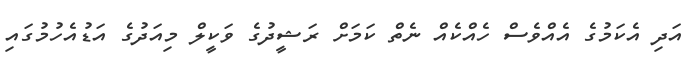
އަދި އެކަމުގެ އެއްވެސް ހެއްކެއް ނެތް ކަމަށް ރަޝީދުގެ ވަކީލް މިއަދުގެ އަޑުއެހުމުގައި